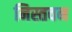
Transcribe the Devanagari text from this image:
निस्तवन